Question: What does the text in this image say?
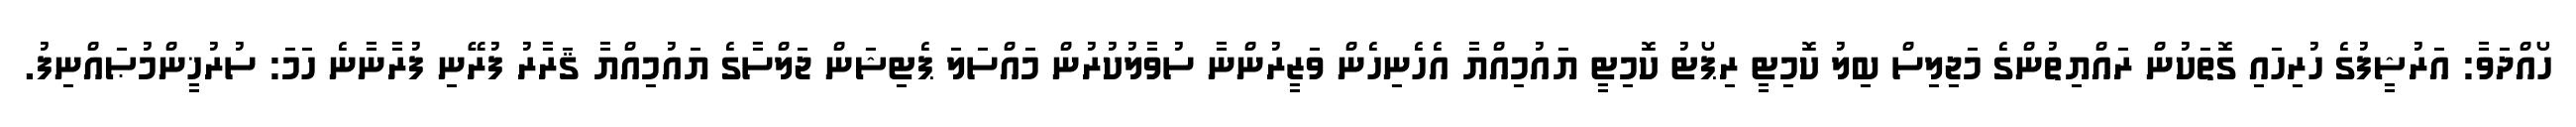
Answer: ހޯއްދަވާ: އަރުޝީފުގެ ހުރިހައި ގޮތަކުން ރައްޔިތުންގެ މަޖިލިސް ބިލު ކޮމިޓީ ރިޕޯޓު ކޮމިޓީ ޔައުމިއްޔާ އެހެނިހެން ވަޒީރުންނާ ސުވާލުކުރުން މައްސަލަ ޕެޓިޝަން ޖަލްސާގެ ޔައުމިއްޔާ ޤަރާރު ފުރޭނި ފުރާނާނެ ހަމަ: ސުރުޚީންމުޞައްނިފު.